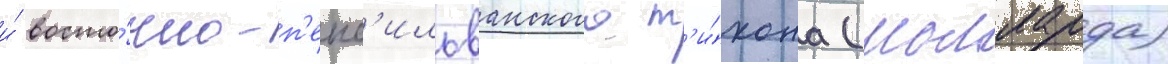
и́ восто́чно-п'енс'ильванского т'и́хона (молларда)